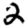
Digit: 2